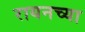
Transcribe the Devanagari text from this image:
रायनच्या